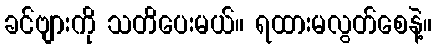
ခင်ဗျားကို သတိပေးမယ်။ ရထားမလွတ်စေနဲ့။